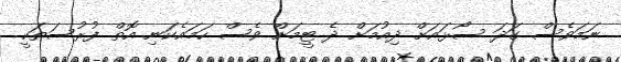
ނަމަވެސް ގަދަ ސޯޅައަށް ދިއުމަށް ދެ ޓީމަށް ވެސް ހަމައެކަނި އޮތް ފުރުސަތަކީ